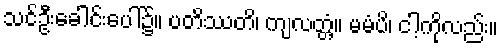
သင်ဦးခေါင်းပေါ်၌။ ပတိဿတိ၊ ကျလတ္တံ့။ မမံပိ၊ ငါ့ကိုလည်း။